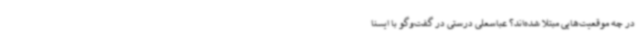
در چه موقعیت‌هایی مبتلا شده‌اند؟ عباسعلی درستی در گفت‌وگو با ایسنا